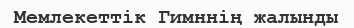
Мемлекеттік Гимннің жалынды